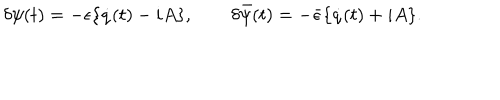
\delta \psi ( t ) = - \epsilon \{ \dot { q } ( t ) - i A \} , \qquad \delta \bar { \psi } ( t ) = - \bar { \epsilon } \{ \dot { q } ( t ) + i A \} .